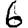
Digit: 6